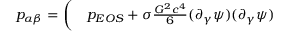
\begin{array} { r l } { p _ { \alpha \beta } = \bigg ( } & { { } p _ { E O S } + \sigma \frac { G ^ { 2 } c ^ { 4 } } { 6 } ( \partial _ { \gamma } \psi ) ( \partial _ { \gamma } \psi ) } \end{array}